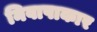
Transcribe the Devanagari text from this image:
निवापाकार